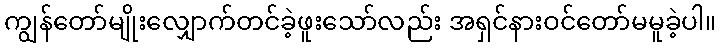
ကျွန်တော်မျိုးလျှောက်တင်ခဲ့ဖူးသော်လည်း အရှင်နားဝင်တော်မမူခဲ့ပါ။